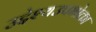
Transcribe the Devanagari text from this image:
उद्देश्यउपभोक्ता